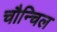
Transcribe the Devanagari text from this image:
चौन्चिल